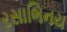
રસાભિનય